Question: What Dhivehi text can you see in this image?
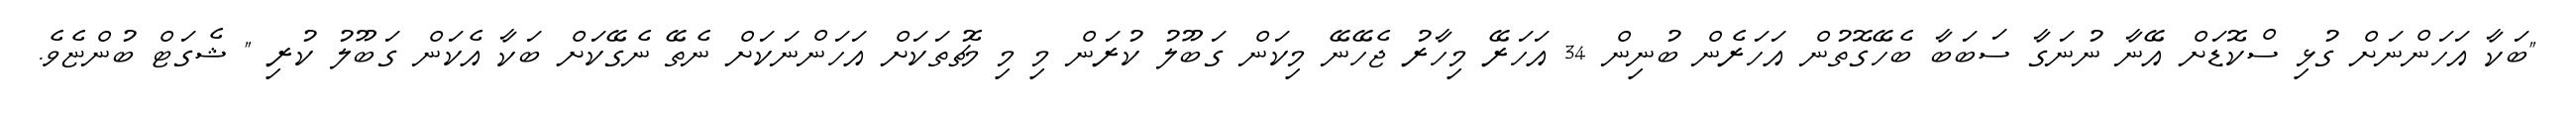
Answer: "ބަކާ އަހަންނަށް ގުޅި ސްކޮޑަށް އޭނާ ނުނަގާ ސަބަބާ ބެހޭގޮތުން އަހަރެން ބުނިން 34 އަހަރޭ މިހާރު ޖެހޭނޭ މިކަން ގަބޫލު ކުރަން މި މި މެޗުތަކަށް އަހަންނަކަށް ނެތޭ ނެގޭކަށް ބަކާ އެކަން ގަބޫލު ކުރި " ޝެގަޓް ބުންޏެވެ.